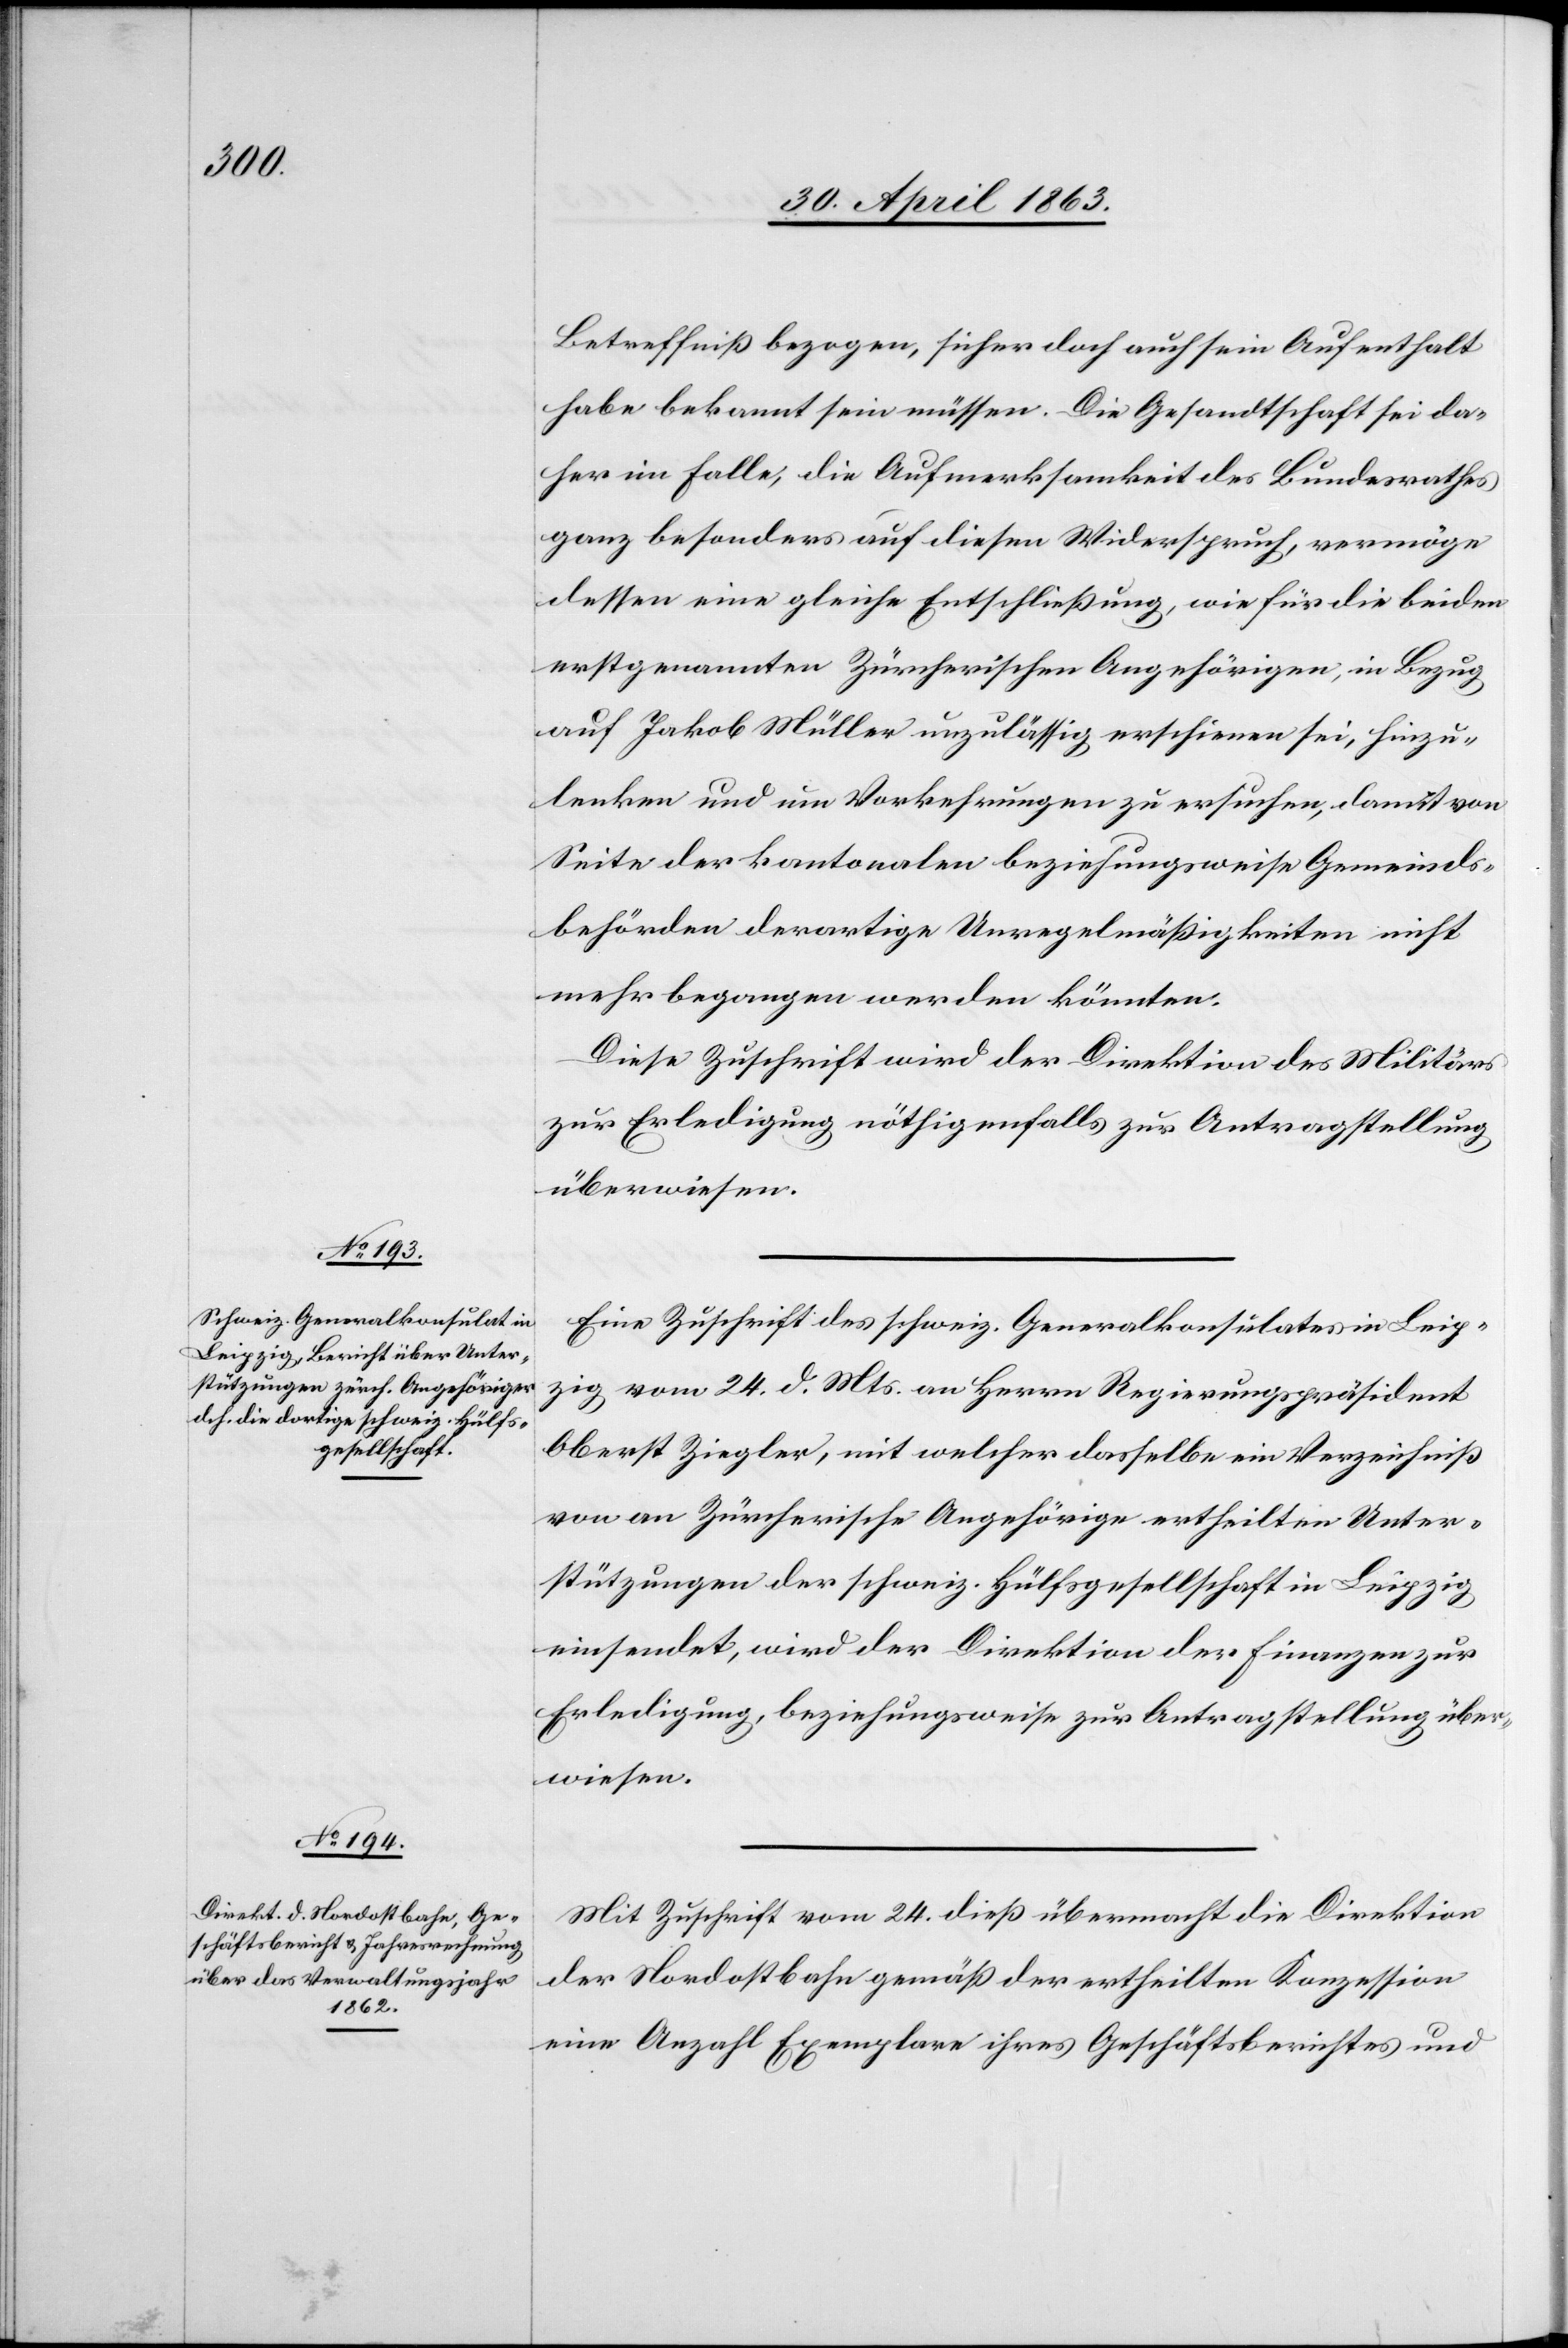
Betreffniß bezogen, sicher doch auch sein Aufenthalt
habe bekannt sein müssen. Die Gesandtschaft sei da¬
her im Falle, die Aufmerksamkeit des Bundesrathes
ganz besonders auf diesen Widerspruch, vermöge
dessen eine gleiche Entschließung, wie für die beiden
erstgenannten Zürcherischen Angehörigen, in Bezug
auf Jakob Müller unzulässig erschienen sei, hinzu¬
lenken und um Vorkehrungen zu ersuchen, damit von
Seite der kantonalen beziehungsweise Gemeinds¬
behörden derartige Unregelmäßigkeiten nicht
mehr begangen werden könnten.
Diese Zuschrift wird der Direktion des Militärs
zur Erledigung nöthigenfalls zur Antragstellung
überwiesen.
Eine Zuschrift des schweiz. Generalkonsulates in Leip¬
zig vom 24. d. Mts. an Herrn Regierungspräsident
Oberst Ziegler, mit welcher dasselbe ein Verzeichniß
von an Zürcherische Angehörige ertheilten Unter¬
stützungen der schweiz. Hülfsgesellschaft in Leipzig
einsendet, wird der Direktion der Finanzen zur
Erledigung, beziehungsweise zur Antragstellung über¬
wiesen.
Mit Zuschrift vom 24. dieß übermacht die Direktion
der Nordostbahn gemäß der ertheilten Konzession
eine Anzahl Exemplare ihres Geschäftsberichtes und